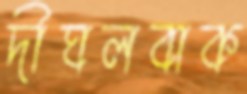
দীঘলবাক